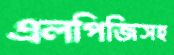
এলপিজিসহ